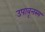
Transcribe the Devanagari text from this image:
उपावृत्तस्य